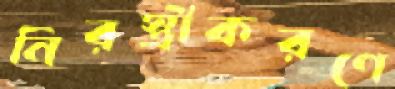
নিরস্ত্রীকরণে